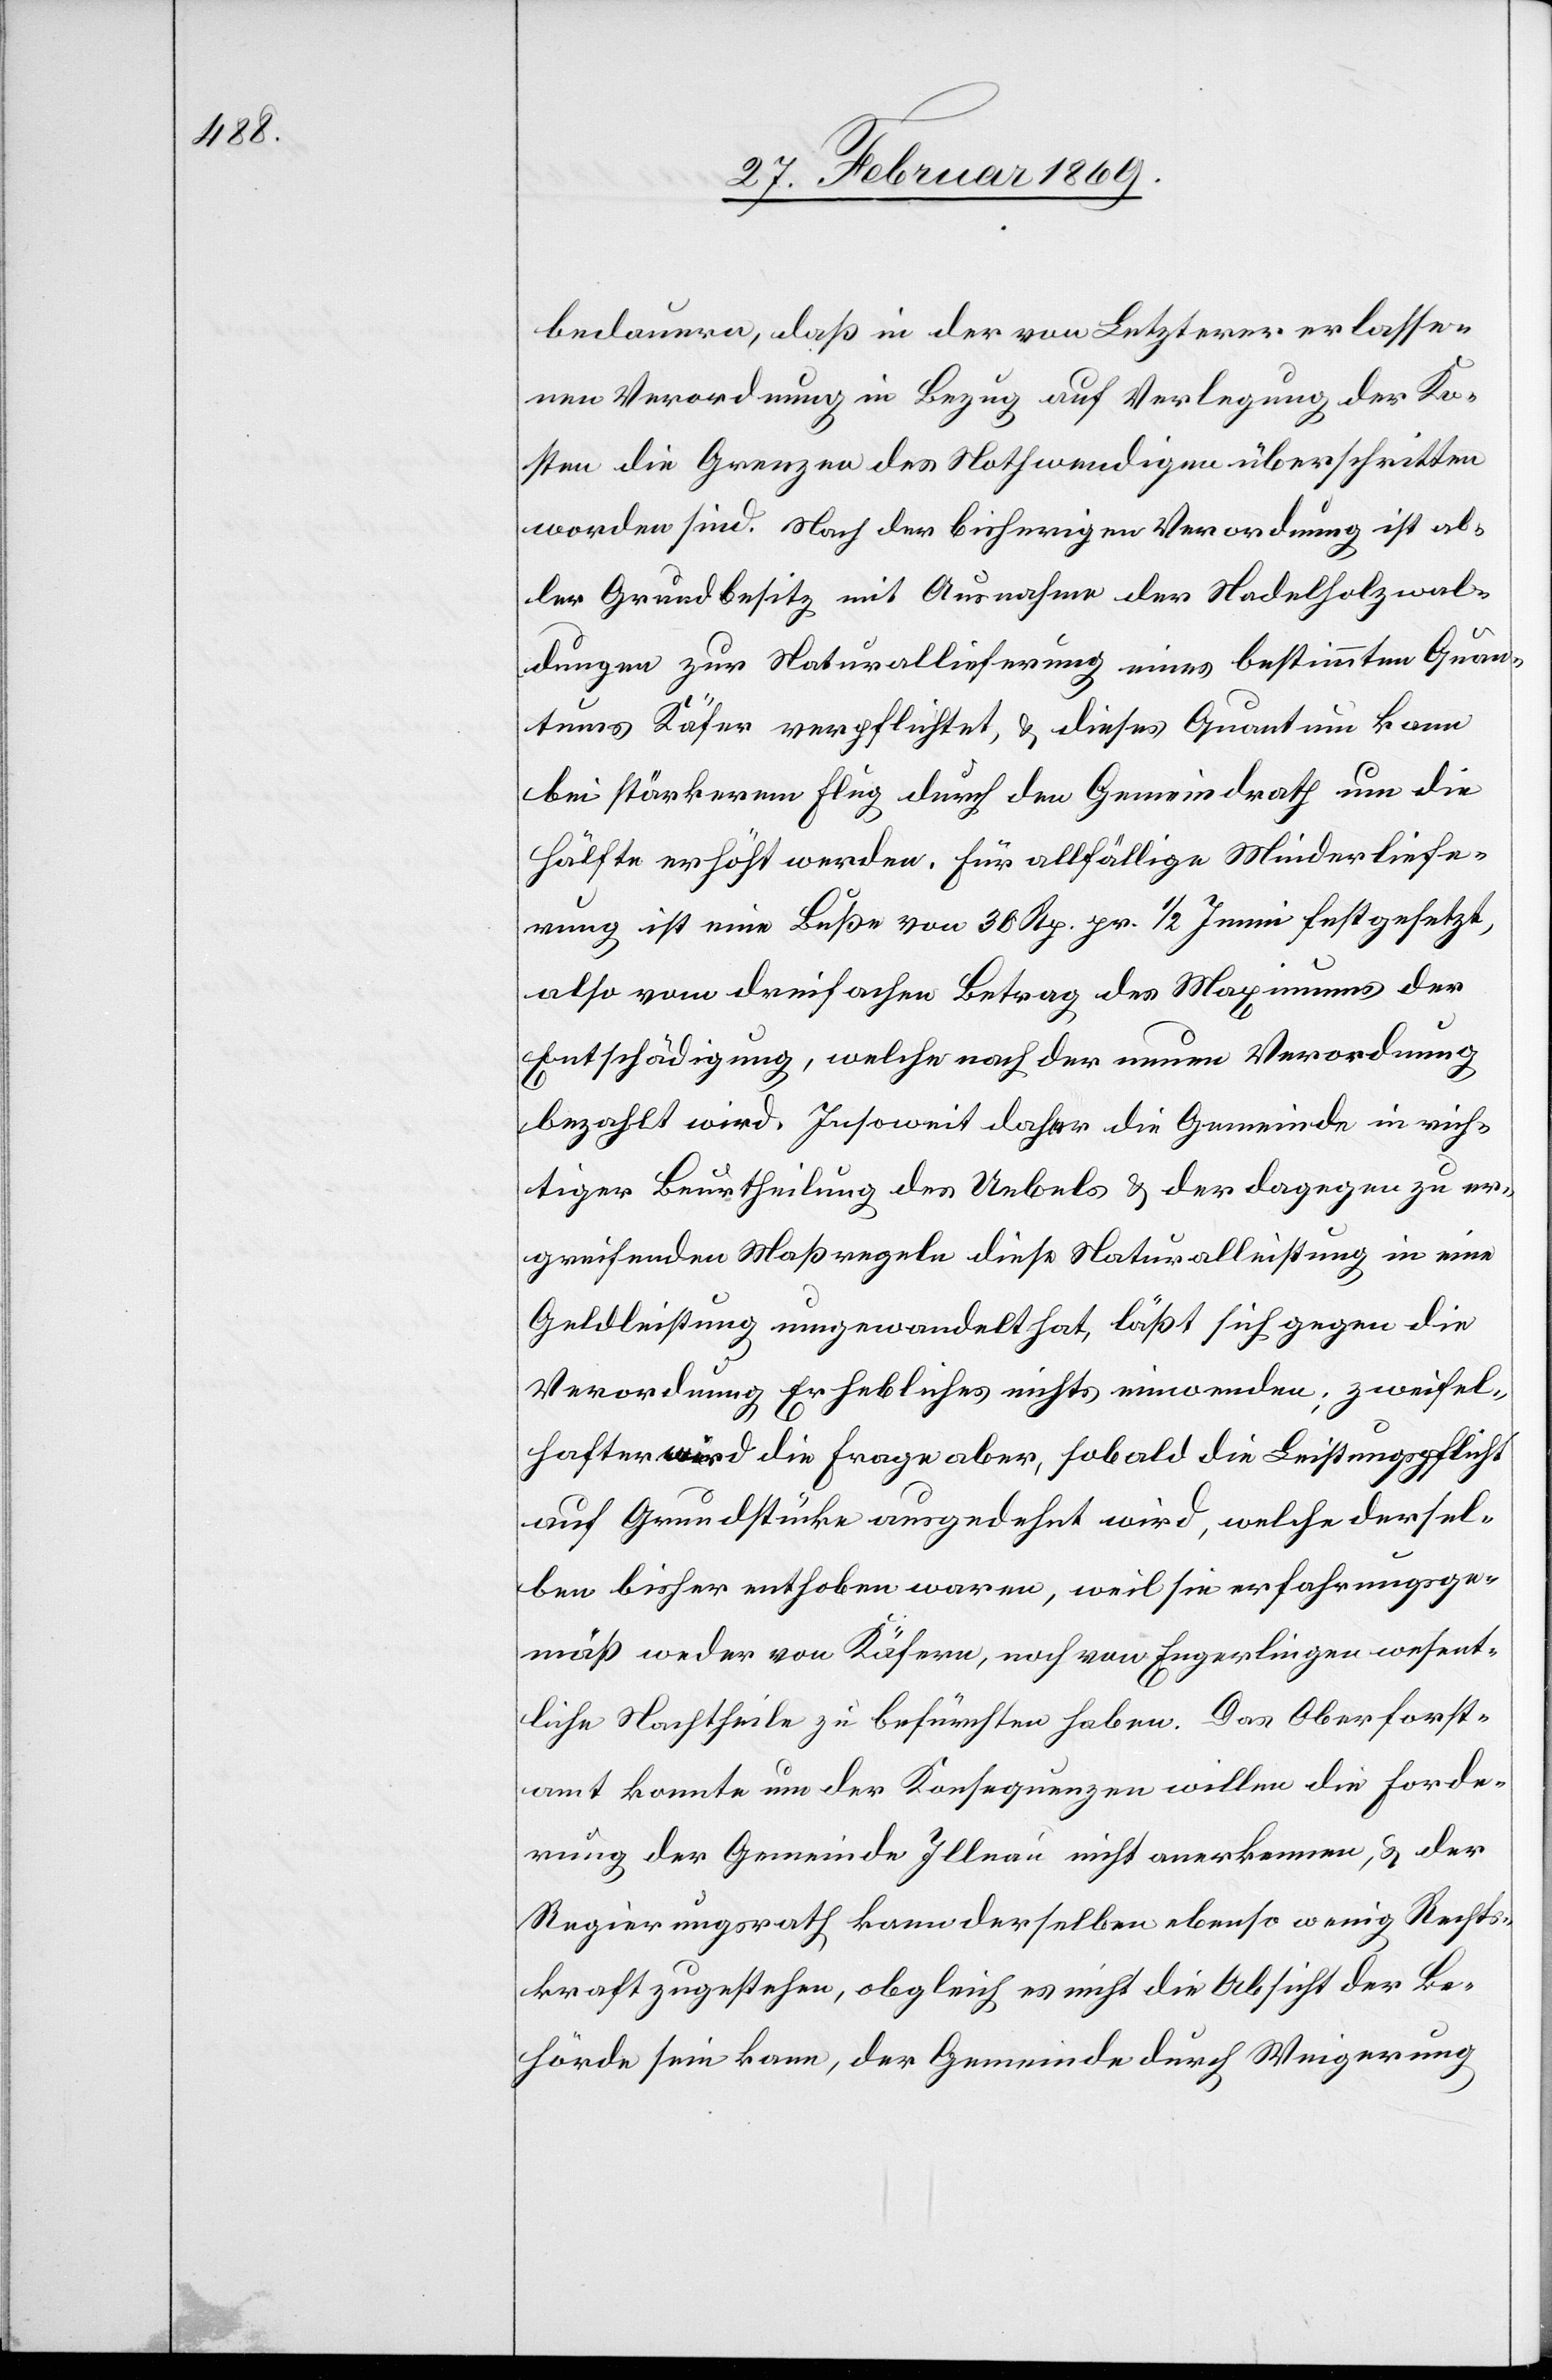
bedauern, daß in der von Letzterer erlasse¬
nen Verordnung in Bezug auf Verlegung der Ko¬
sten die Grenzen des Nothwendigen überschritten
worden sind. Nach der bisherigen Verordnung ist ab¬
er Grundbesitz mit Ausnahme der Nadelholzwal¬
dungen zur Naturallieferung eines bestimmten Quan¬
tums Käfer verpflichtet, & dieses Quantum kann
bei stärkerem Flug durch den Gemeindrath um die
Hälfte erhöht werden. Für allfällige Minderliefe¬
rung ist eine Buße von 38 Rp. pr. 1/2 Immi festgesetzt,
also vom dreifachen Betrag des Maximums der
Entschädigung, welche nach der neuen Verordnung
bezahlt wird. Insoweit daher die Gemeinde in rich¬
tiger Beurtheilung des Uebels & der dagegen zu er¬
greifenden Maßregeln diese Naturalleistung in eine
Geldleistung umgewandelt hat, läßt sich gegen die
Verordnung Erhebliches nichts einwenden; zweifel¬
hafter wird die Frage aber, sobald die Leistungspflicht
auf Grundstücke ausgedehnt wird, welche dersel¬
ben bisher enthoben waren, weil sie erfahrungsge¬
mäß weder von Käfern, noch von Engerlingen wesent¬
liche Nachtheile zu befürchten haben. Das Oberforst¬
amt konnte um der Konsequenzen willen die Forde¬
rung der Gemeinde Illnau nicht anerkennen, u. der
Regierungsrath kann derselben ebenso wenig Rechts¬
kraft zugestehen, obgleich es nicht die Absicht der Be¬
hörde sein kann, der Gemeinde durch Weigerung